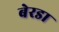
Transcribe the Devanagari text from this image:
बेरडा